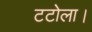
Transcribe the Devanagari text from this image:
टटोला।